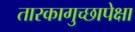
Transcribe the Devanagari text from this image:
तारकागुच्छापेक्षा